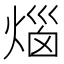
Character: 𤊲